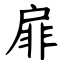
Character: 扉